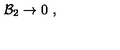
{ \cal B } _ { 2 } \rightarrow 0 \ ,